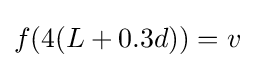
{f(4(L+0.3d))}=v